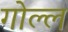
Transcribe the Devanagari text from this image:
गोल्ल